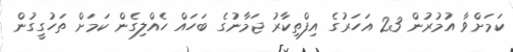
ކަމަށްވާ އުމުރުން 23 އަހަރުގެ އިފްތިކާރު ޖަމާނުގެ ބަހައް ހެއްލިގެން ކަމަށް ތަހުގީގުން